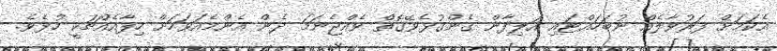
އެކަމަށް ފަރުވާލެއް ނުބަހައްޓައި އަލިފާން ގެންގުޅެވޭގޮތް ވެއްޖެނަމަ ދެން އެންމެއަވަހަށް ހިފާއެއްޗަކީ ހުޅެވެ.